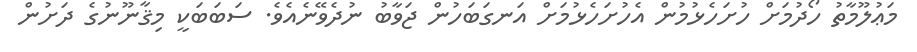
މަޢުލޫމާތު ހޯދުމަށް ހުށަހެޅުމުން އެހުށަހެޅުމަށް އަނގަބަހުން ޖަވާބު ނުދެވޭނެއެވެ. ސަބަބަކީ މިޤާނޫނުގެ ދަށުން